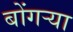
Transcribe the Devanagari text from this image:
बोंगऱ्या